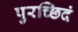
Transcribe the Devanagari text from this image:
पुरच्छिदं